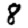
Digit: 8